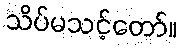
သိပ်မသင့်တော်။